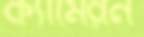
ক্যামেরন